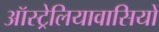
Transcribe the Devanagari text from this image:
ऑस्ट्रेलियावासियों